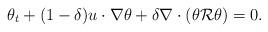
LaTeX: \begin{align*}\theta_{t} +(1-\delta)u\cdot\nabla\theta + \delta \nabla\cdot(\theta \mathcal{R}\theta)=0.\end{align*}